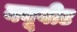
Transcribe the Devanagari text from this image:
क्यूबीट